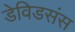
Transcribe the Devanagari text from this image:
डेविडसंस